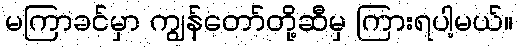
မကြာခင်မှာ ကျွန်တော်တို့ဆီမှ ကြားရပါ့မယ်။